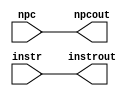
// Course: CSE 401- Computer Architecture
// Term: Winter 2020
// Name: Erika Gutierrez
// ID: 005318270

module if_id (
   output reg [31:0] instrout,       // Output of IF/ID Instruction Register
                       npcout,       // Output of IF/ID NPC Register
   input wire [31:0]    instr,       // Input of IF/ID Instruction Register
                          npc        // Input of IF/ID NPC Register
   );
   initial begin
      instrout <= 0;
      npcout   <= 0;
   end
   always @* begin
      #1 instrout <= instr;
           npcout <= npc;
   end
endmodule // if_id